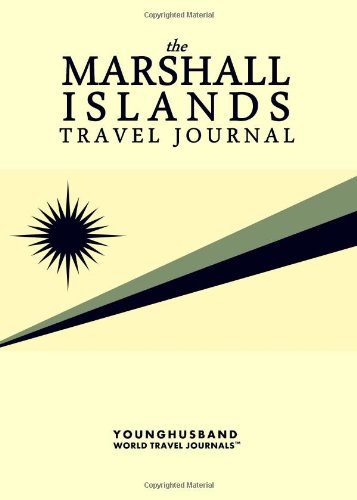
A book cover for The Marshall Islands Travel Journal; Younghusband World Travel Journals; Travel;